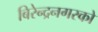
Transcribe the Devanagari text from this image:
बिरेन्द्रनगरको